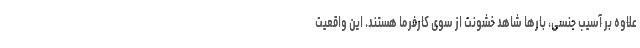
علاوه بر آسیب جنسی، بارها شاهد خشونت از سوی کارفرما هستند. این واقعیت